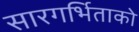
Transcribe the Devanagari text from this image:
सारगर्भिताको